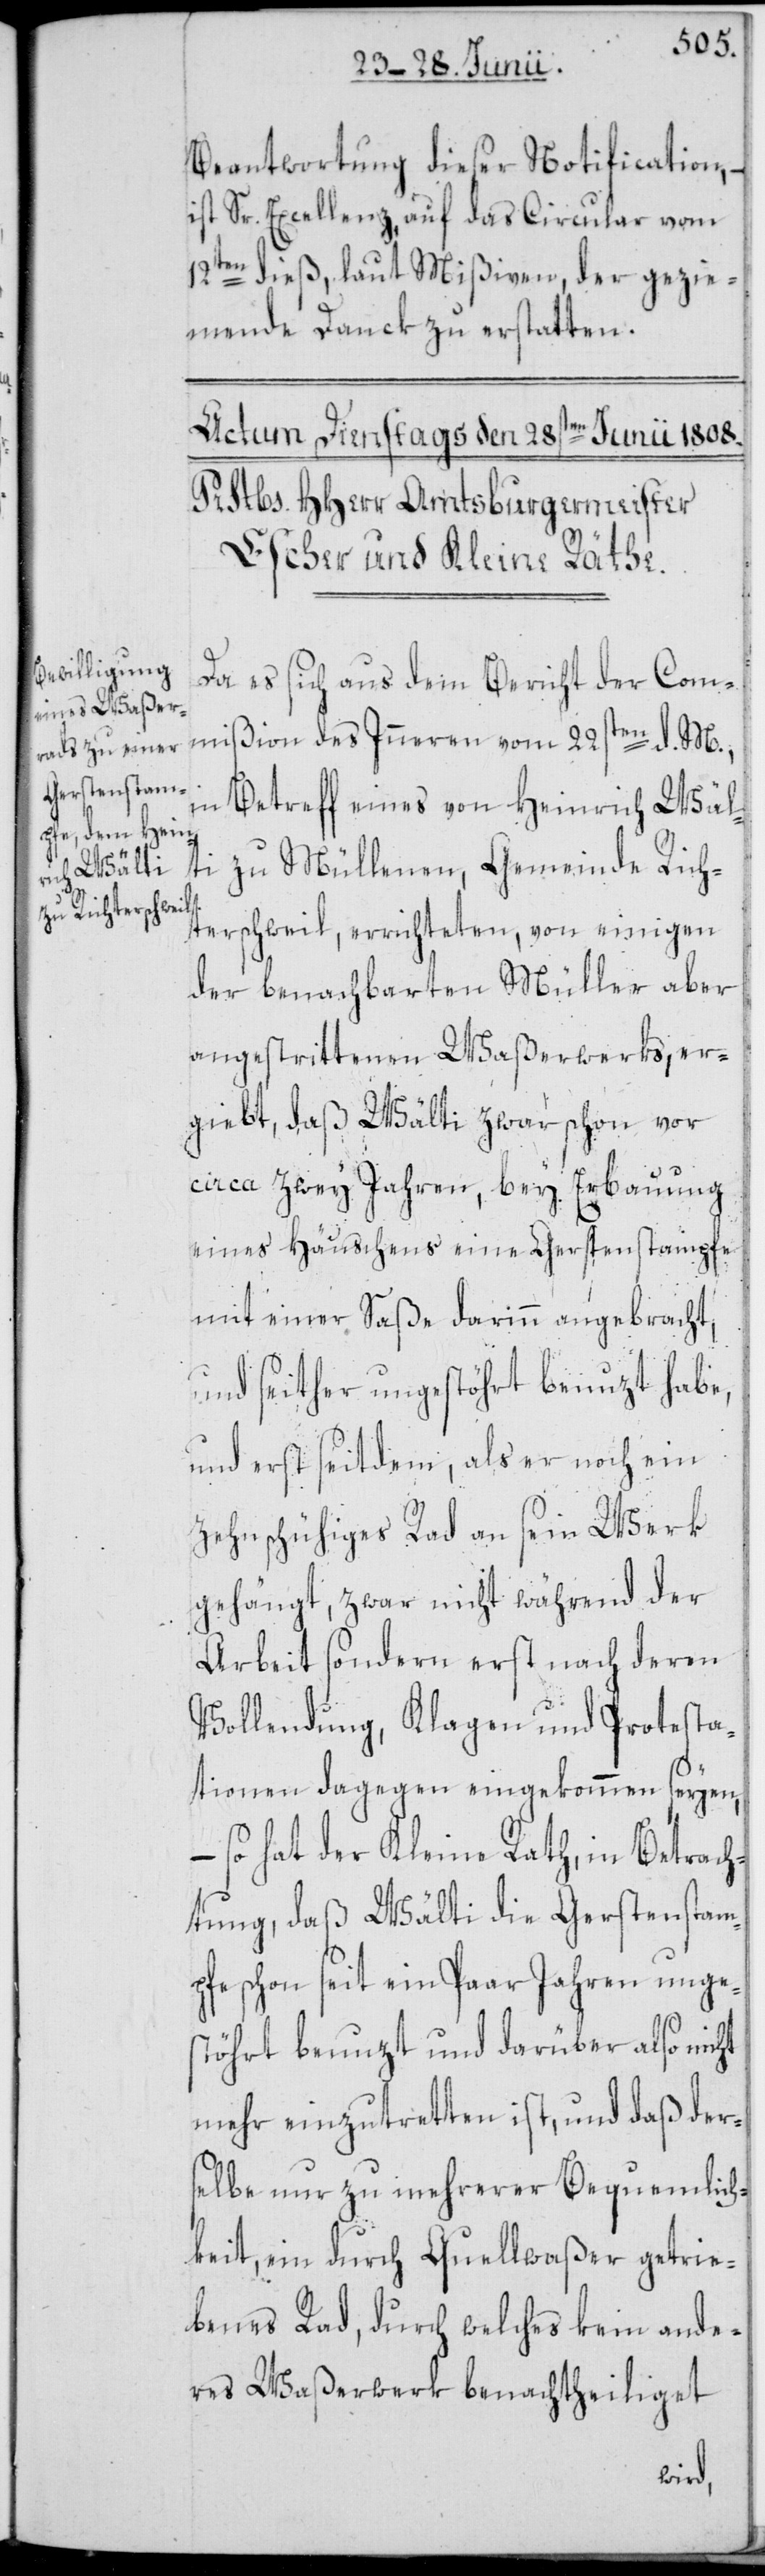
Beantwortung dieser Notification,
ist Sr. Excellenz, auf das Circular vom
12ten dieß, laut Mißiven, der gezie¬
mende Danck zu erstatten.
Da es sich aus dem Bericht der Com¬
mißion des Inneren vom 22sten d. M.,
in Betreff eines von Heinrich Wäl¬
ti zu Müllenen, Gemeinde Rich¬
terschweil, errichteten, von einigen
der benachbarten Müller aber
angestrittenen Waßerwerks, er¬
giebt, daß Wälti zwar schon vor
circa zwey Jahren, bey Erbauung
eines Häuschens eine Gerstenstampfe
mit einer Saße darinn angebracht,
und seither ungestöhrt benuzt habe,
und erst seitdem, als er noch ein
zehnschühiges Rad an sein Werk
gehängt, zwar nicht während der
Arbeit sondern erst nach deren
Vollendung, Klagen und Protesta¬
tionen dagegen eingekommen seyen,
– so hat der Kleine Rath, in Betrach¬
tung, daß Wälti die Gerstenstamp¬
fe schon seit ein Paar Jahren unge¬
stöhrt benuzt und darüber also nicht
mehr einzutretten ist, und daß der¬
selbe nur zu mehrerer Bequemlich¬
keit, ein durch Quellwaßer getrie¬
benes Rad, durch welches kein ande¬
res Waßerwerk benachtheiliget